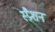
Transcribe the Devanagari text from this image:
स्प्रैशन